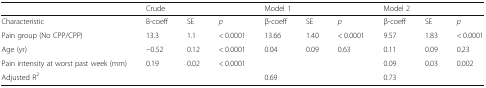
<table><thead><tr><td></td><td colspan="3"><b>Crude</b></td><td colspan="3"><b>Model 1</b></td><td colspan="3"><b>Model 2</b></td></tr></thead><tbody><tr><td>Characteristic</td><td>Β-coeff</td><td>SE</td><td><i>p</i></td><td>β-coeff</td><td>SE</td><td><i>p</i></td><td>β-coeff</td><td>SE</td><td><i>p</i></td></tr><tr><td>Pain group (No CPP/CPP)</td><td>13.3</td><td>1.1</td><td>&lt; 0.0001</td><td>13.66</td><td>1.40</td><td>&lt; 0.0001</td><td>9.57</td><td>1.83</td><td>&lt; 0.0001</td></tr><tr><td>Age (yr)</td><td>−0.52</td><td>0.12</td><td>&lt; 0.0001</td><td>0.04</td><td>0.09</td><td>0.63</td><td>0.11</td><td>0.09</td><td>0.23</td></tr><tr><td>Pain intensity at worst past week (mm)</td><td>0.19</td><td>0.02</td><td>&lt; 0.0001</td><td></td><td></td><td></td><td>0.09</td><td>0.03</td><td>0.002</td></tr><tr><td>Adjusted R<sup>2</sup></td><td></td><td></td><td></td><td>0.69</td><td></td><td></td><td>0.73</td><td></td><td></td></tr></tbody></table>